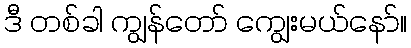
ဒီ တစ်ခါ ကျွန်တော် ကျွေးမယ်နော်။